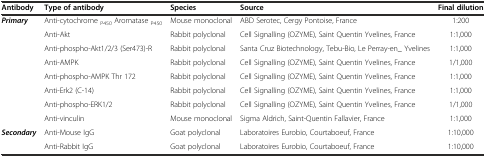
<table><thead><tr><td><b>Antibody</b></td><td><b>Type of antibody</b></td><td><b>Species</b></td><td><b>Source</b></td><td><b>Final dilution</b></td></tr></thead><tbody><tr><td rowspan="8"><b><i>Primary</i></b></td><td>Anti-cytochrome <sub>P450</sub> Aromatase <sub>P450</sub></td><td>Mouse monoclonal</td><td>ABD Serotec, Cergy Pontoise, France</td><td>1:200</td></tr><tr><td>Anti-Akt</td><td>Rabbit polyclonal</td><td>Cell Signalling (OZYME), Saint Quentin Yvelines, France</td><td>1:1,000</td></tr><tr><td>Anti-phospho-Akt1/2/3 (Ser473)-R</td><td>Rabbit polyclonal</td><td>Santa Cruz Biotechnology, Tebu-Bio, Le Perray-en_ Yvelines</td><td>1:1,000</td></tr><tr><td>Anti-AMPK</td><td>Rabbit polyclonal</td><td>Cell Signalling (OZYME), Saint Quentin Yvelines, France</td><td>1/1,000</td></tr><tr><td>Anti-phospho-AMPK Thr 172</td><td>Rabbit polyclonal</td><td>Cell Signalling (OZYME), Saint Quentin Yvelines, France</td><td>1:1,000</td></tr><tr><td>Anti-Erk2 (C-14)</td><td>Rabbit polyclonal</td><td>Cell Signalling (OZYME), Saint Quentin Yvelines, France</td><td>1:1,000</td></tr><tr><td>Anti-phospho-ERK1/2</td><td>Rabbit polyclonal</td><td>Cell Signalling (OZYME), Saint Quentin Yvelines, France</td><td>1/1,000</td></tr><tr><td>Anti-vinculin</td><td>Mouse monoclonal</td><td>Sigma Aldrich, Saint-Quentin Fallavier, France</td><td>1:1,000</td></tr><tr><td rowspan="2"><b><i>Secondary</i></b></td><td>Anti-Mouse IgG</td><td>Goat polyclonal</td><td>Laboratoires Eurobio, Courtaboeuf, France</td><td>1:10,000</td></tr><tr><td>Anti-Rabbit IgG</td><td>Goat polyclonal</td><td>Laboratoires Eurobio, Courtaboeuf, France</td><td>1:10,000</td></tr></tbody></table>